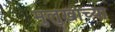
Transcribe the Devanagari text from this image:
मुलुखाच्या